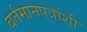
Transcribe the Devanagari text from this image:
वर्तमानपत्रांशी